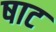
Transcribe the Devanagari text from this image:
षाट